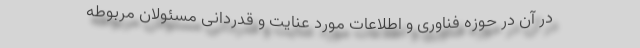
در آن در حوزه فناوری و اطلاعات مورد عنایت و قدردانی مسئولان مربوطه